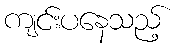
ကျင်းပနေသည့်